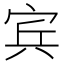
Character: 宾